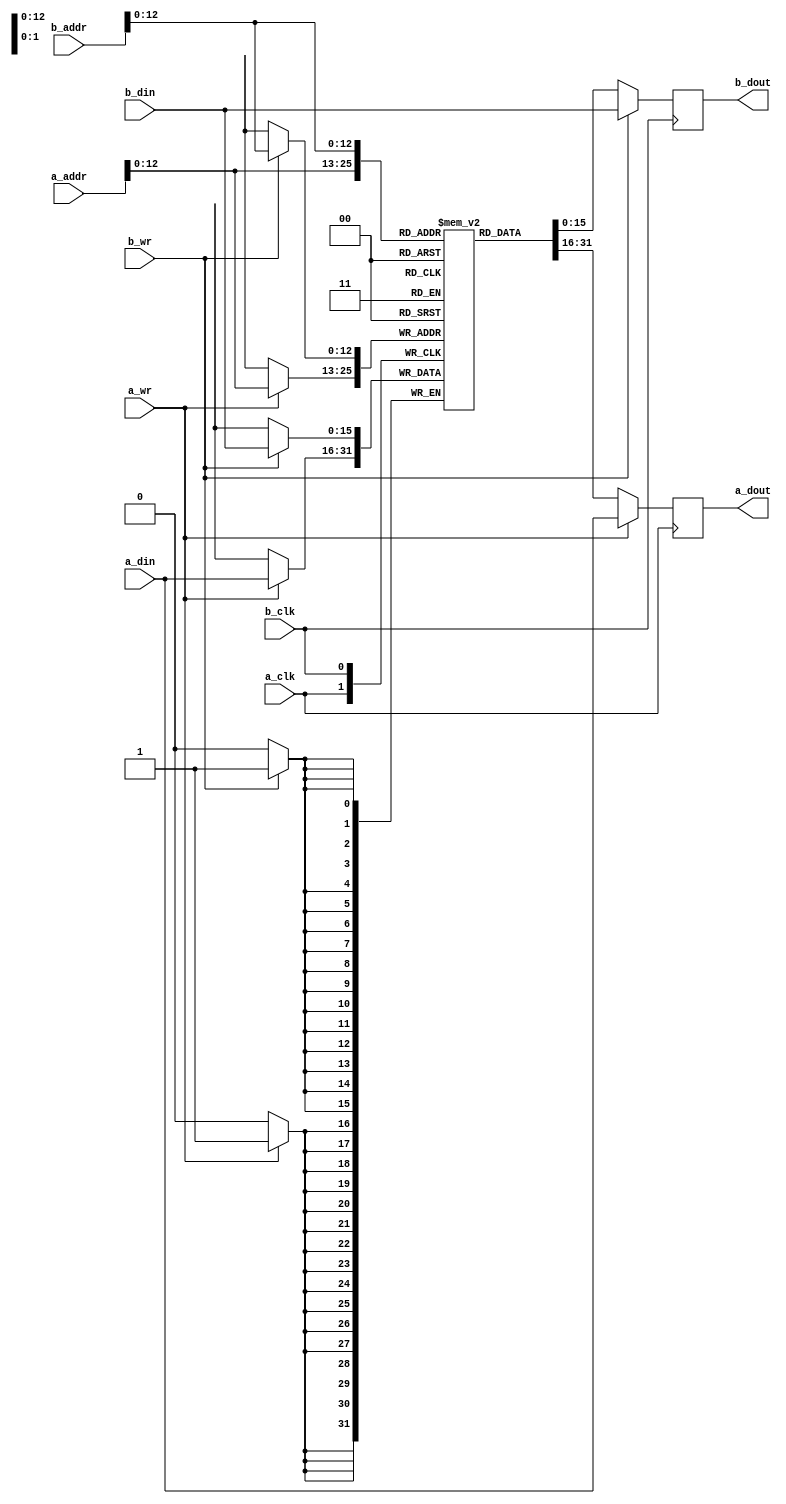
module dual_port_ram (
    // Port A
    input   wire            a_clk,
    input   wire            a_wr,
    input   wire    [14:0]  a_addr,
    input   wire    [15:0]  a_din,
    output  reg     [15:0]  a_dout,
     
    // Port B
    input   wire            b_clk,
    input   wire            b_wr,
    input   wire    [14:0]  b_addr,
    input   wire    [15:0]  b_din,
    output  reg     [15:0]  b_dout
);
 
// Shared memory
reg [15:0] mem [8192-1:0];

// Use this only for simulation (it will slow down compilation)
//integer i;
//initial begin
//	for (i=0;i<(2**15)-1;i=i+1)begin
//		mem[i] = 0;
//	end
//end
// 
// Port A
always @(posedge a_clk) begin
    a_dout      <= mem[a_addr];
    if(a_wr) begin
        a_dout      <= a_din;
        mem[a_addr] <= a_din;
    end
end
 
// Port B
always @(posedge b_clk) begin
    b_dout      <= mem[b_addr];
    if(b_wr) begin
        b_dout      <= b_din;
        mem[b_addr] <= b_din;
    end
end
 
endmodule